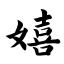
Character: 嬉